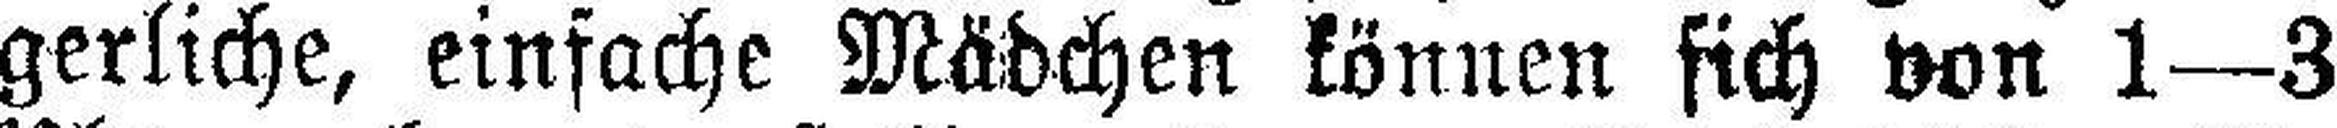
gerliche, einfache Mädchen können sich von 1—3